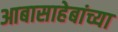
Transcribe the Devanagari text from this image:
आबासाहेबांच्या